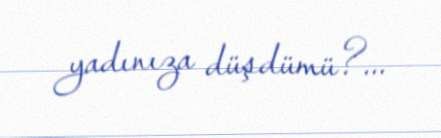
yadınıza düşdümü?...